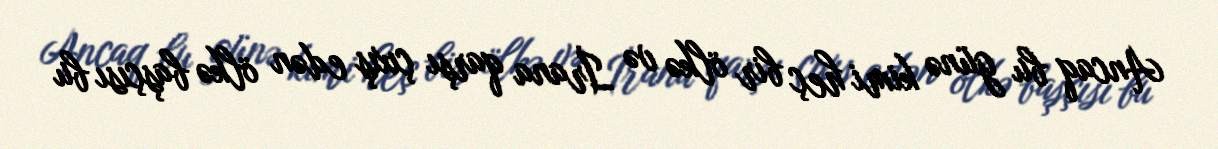
Ancaq bu günə kimi heç bir ölkə və İrana qarşı çıxış edən ölkə başçısı bu